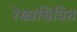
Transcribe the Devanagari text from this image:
रेखाचित्रित